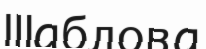
Шаблова